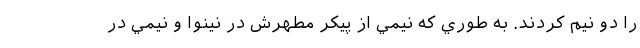
را دو نيم كردند. به طوري كه نيمي از پيكر مطهرش در نينوا و نيمي در